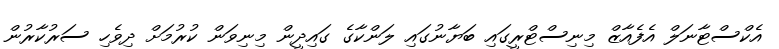
އެކްސްޓާނަލް އެފެއާޒް މިނިސްޓްރީގައި ބަޔާނުގައި ލަންކާގެ ގައިދީން މިނިވަން ކުރުމަށް ދިވެހި ސަރުކާރުން